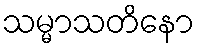
သမ္မာသတိနော